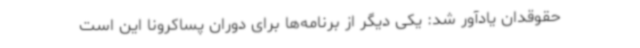
حقوقدان یادآور شد: یکی دیگر از برنامه‌ها برای دوران پساکرونا این است